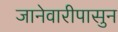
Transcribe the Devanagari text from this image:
जानेवारीपासुन